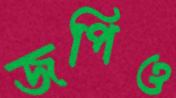
জপিও